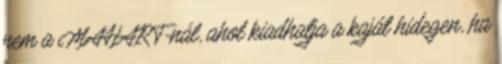
nem a MAHART-nál, ahol kiadhatja a kaját hidegen, ha